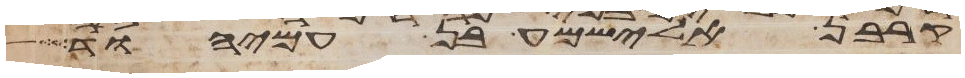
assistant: קרבן אלישמע בן עמיהוד